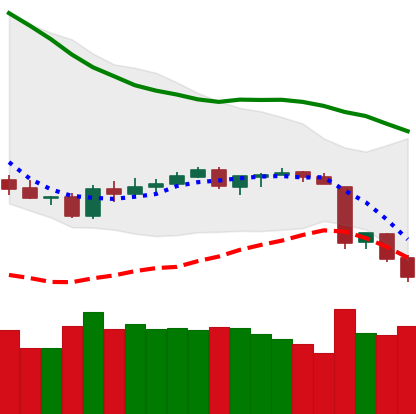
Ticker: BTC-USD
Chart end date: 2018-06-13
Forward return: 6.062%
Label: up_5_7